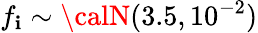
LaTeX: f_{\mathbf{i}}\sim{\calN}(3.5,10^{-2})